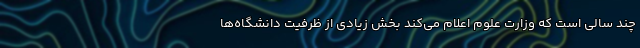
چند سالی است که وزارت علوم اعلام می‌کند بخش زیادی از ظرفیت دانشگاه‌ها